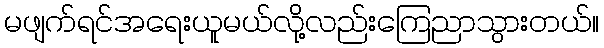
မဖျက်ရင်အရေးယူမယ်လို့လည်းကြေညာသွားတယ်။